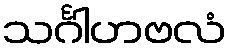
သင်္ဂါဟဗလံ